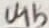
Text: U1b